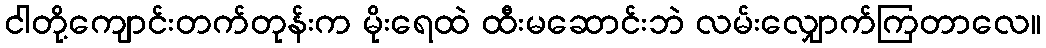
ငါတို့ကျောင်းတက်တုန်းက မိုးရေထဲ ထီးမဆောင်းဘဲ လမ်းလျှောက်ကြတာလေ။